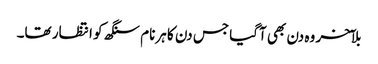
بلآخر وہ دن بھی آگیا جس دن کا ہرنام سنگھ کو انتظار تھا۔